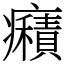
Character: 癪